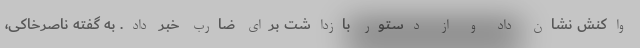
واکنش نشان داد و از دستور بازداشت برای ضارب خبر داد. به گفته ناصرخاکی،